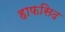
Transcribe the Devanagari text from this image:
हाफसिद